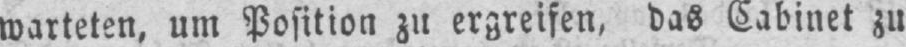
warteten, um Position zu ergreifen, das Cabinet zu